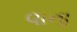
વાના